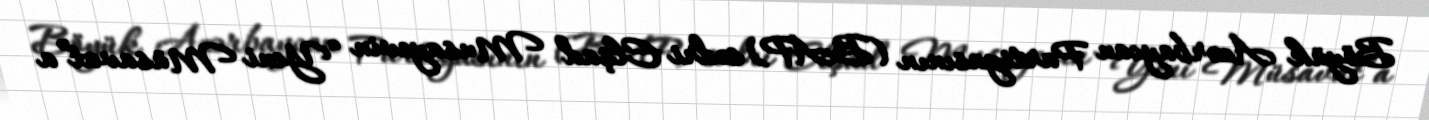
Böyük Azərbaycan Partiyasının (BAP) sədri Elşad Musayevin “Yeni Müsavat”a